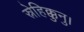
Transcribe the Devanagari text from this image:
स्नेहिक्कुनु।